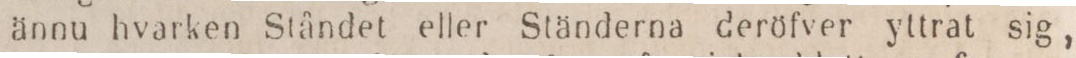
ännu hvarken Ståndet eller Ständerna deröfver yttrat sig,